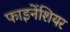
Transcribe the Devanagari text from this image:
फाइनेंशियर